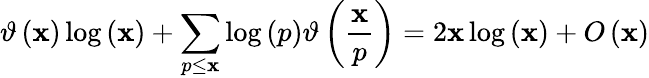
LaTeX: \vartheta\left(\mathbf{x}\right)\log\left(\mathbf{x}\right)+\sum_{p\leq\mathbf{x}}{\log\left(p\right)}\vartheta\left({\frac{{\mathbf{x}}}{{p}}}\right)=2\mathbf{x}\log\left(\mathbf{x}\right)+O\left(\mathbf{x}\right)